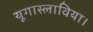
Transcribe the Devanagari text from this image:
यूगास्लाविया।